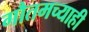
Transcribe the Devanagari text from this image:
गौतमच्याही